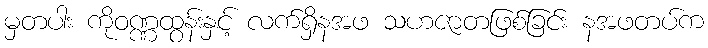
မှတပါး ကိုဝဏ္ဏထွန်းနှင့် လက်ရှိနအဖ သဟဇာတဖြစ်ခြင်း နအဖတပ်က